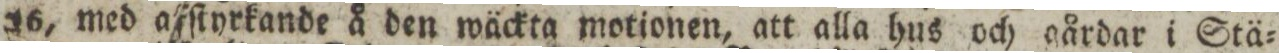
16, med afſtyrkande å den wäckta motionen, att alla hus och gårdar i Stä=